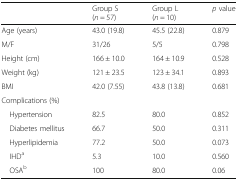
|  | Group S(n = 57) | Group L(n = 10) | p value |
 | --- | --- | --- | --- |
 | Age (years) | 43.0 (19.8) | 45.5 (22.8) | 0.879 |
 | M/F | 31/26 | 5/5 | 0.798 |
 | Height (cm) | 166 ± 10.0 | 164 ± 10.9 | 0.528 |
 | Weight (kg) | 121 ± 23.5 | 123 ± 34.1 | 0.893 |
 | BMI | 42.0 (7.55) | 43.8 (13.8) | 0.681 |
 | <COLSPAN=4> Complications (%) |
 | Hypertension | 82.5 | 80.0 | 0.852 |
 | Diabetes mellitus | 66.7 | 50.0 | 0.311 |
 | Hyperlipidemia | 77.2 | 50.0 | 0.073 |
 | IHDa | 5.3 | 10.0 | 0.560 |
 | OSAb | 100 | 80.0 | 0.06 |